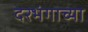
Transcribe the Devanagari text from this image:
दरभंगाच्या